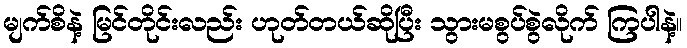
မျက်စိနဲ့ မြင်တိုင်းလည်း ဟုတ်တယ်ဆိုပြီး သွားမစွပ်စွဲလိုက် ကြပါနဲ့။